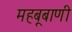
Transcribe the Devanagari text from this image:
महबूबाणी